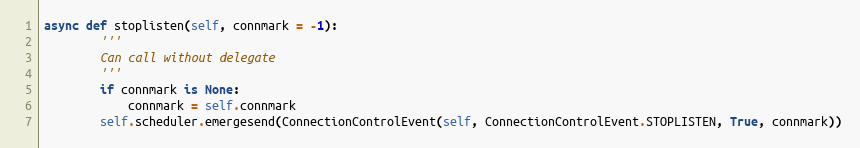
Language: Python
async def stoplisten(self, connmark = -1):
        '''
        Can call without delegate
        '''
        if connmark is None:
            connmark = self.connmark
        self.scheduler.emergesend(ConnectionControlEvent(self, ConnectionControlEvent.STOPLISTEN, True, connmark))